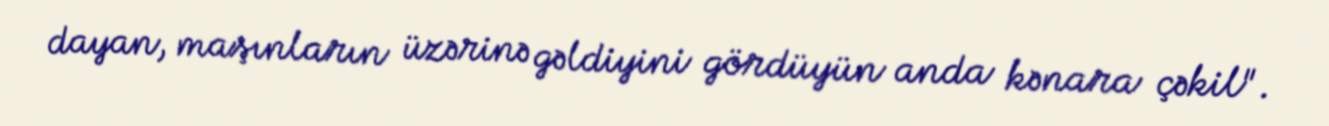
dayan, maşınların üzərinə gəldiyini gördüyün anda kənara çəkil".